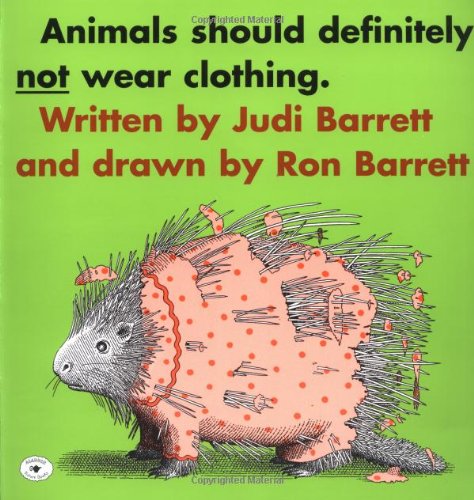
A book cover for Animals Should Definitely Not Wear Clothing; Judi Barrett; Children's Books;